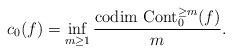
LaTeX: \begin{align*}c_{0}(f)=\inf_{m\geq 1}\frac{\textnormal{codim }\textnormal{Cont}_{0}^{\geq m}(f)}{m}.\end{align*}